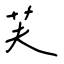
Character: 芙